Lunatic asylums Bombay report 1878-1890 - 1878-1890
Year: 1878
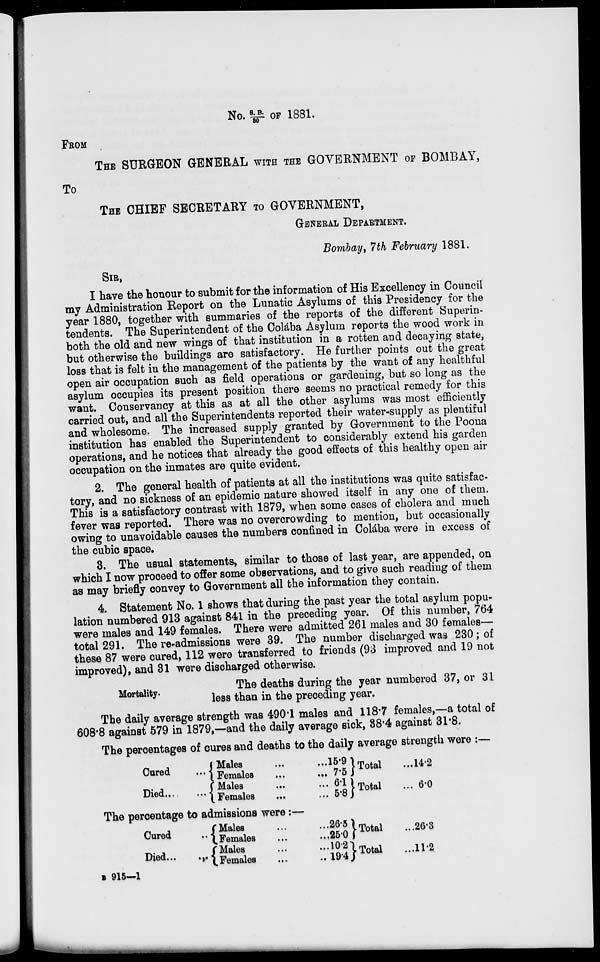
No. S. B. / 30 OF 1881.
FROM
THE SURGEON GENERAL WITH THE GOVERNMENT OF BOMBAY,
To
THE CHIEF SECRETARY TO GOVERNMENT,
GENERAL DEPARTMENT.
Bombay, 7th February 1881.
SIR,
I have the honour to submit for the information of His Excellency in Council
my Administration Report on the Lunatic Asylums of this Presidency for the
year 1880, together with summaries of the reports of the different Superin-
tendents. The Superintendent of the Colába Asylum reports the wood work in
both the old and new wings of that institution in a rotten and decaying state,
but otherwise the buildings are satisfactory. He further points out the great
loss that is felt in the management of the patients by the want of any healthful
open air occupation such as field operations or gardening, but so long as the
asylum occupies its present position there seems no practical remedy for this
want. Conservancy at this as at all the other asylums was most efficiently
carried out, and all the Superintendents reported their water-supply as plentiful
and wholesome. The increased supply granted by Government to the Poona
institution has enabled the Superintendent to considerably extend his garden
operations, and he notices that already the good effects of this healthy open air
occupation on the inmates are quite evident.
2. The general health of patients at all the institutions was quite satisfac-
tory, and no sickness of an epidemic nature showed itself in any one of them.
This is a satisfactory contrast with 1879, when some cases of cholera and much
fever was reported. There was no overcrowding to mention, but occasionally
owing to unavoidable causes the numbers confined in Colába were in excess of
the cubic space.
3. The usual statements, similar to those of last year, are appended, on
which I now proceed to offer some observations, and to give such reading of them
as may briefly convey to Government all the information they contain.
4. Statement No. 1 shows that during the past year the total asylum popu-
lation numbered 913 against 841 in the preceding year. Of this number, 764
were males and 149 females. There were admitted 261 males and 30 females—
total 291. The re-admissions were 39. The number discharged was 230; of
these 87 were cured, 112 were transferred to friends (93 improved and 19 not
improved), and 31 were discharged otherwise.
Mortality.
The deaths during the year numbered 37, or 31
less than in the preceding year.
The daily average strength was 490.1 males and 118.7 females,—a total of
608.8 against 579 in 1879,—and the daily average sick, 38.4 against 31.8.
The percentages of cures and deaths to the daily average strength were :—
Cured
...
Died
...
Males ... ...
Females
...
...
Males ... ...
Females ... ...
The percentage to admissions were:—
Cured
...
Died ... ...
B 915—1
Males ... ...
Females
...
...
Males ... ...
Females ... ...
15.9
7.5
6.1
5.8
26.5
25.0
10.2
19.4
Total ...
Total ...
Total ...
Total ...
14.2
6.0
26.3
11.2